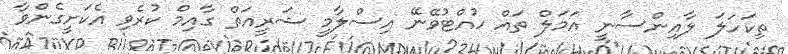
ތިކަހަލަ ލާއިންސާނީ އަމަލް ތައް ހުއްޓުވޭނޭ އިސްލާމީ ޝަރީއަތް ގާއިމް ކުރެވި އެކަށީގެންވާ